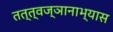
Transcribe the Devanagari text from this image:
तत्त्वज्ञानाभ्यास